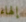
إلهاء